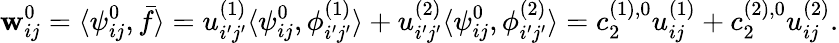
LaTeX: \mathbf{w}_{ij}^{0}=\langle\psi_{ij}^{0},\bar{{f}}\rangle=u_{i^{\prime}j^{\prime}}^{(1)}\langle\psi_{ij}^{0},\phi_{i^{\prime}j^{\prime}}^{(1)}\rangle+u_{i^{\prime}j^{\prime}}^{(2)}\langle\psi_{ij}^{0},\phi_{i^{\prime}j^{\prime}}^{(2)}\rangle=c_{2}^{(1),0}u_{ij}^{(1)}+c_{2}^{(2),0}u_{ij}^{(2)}.